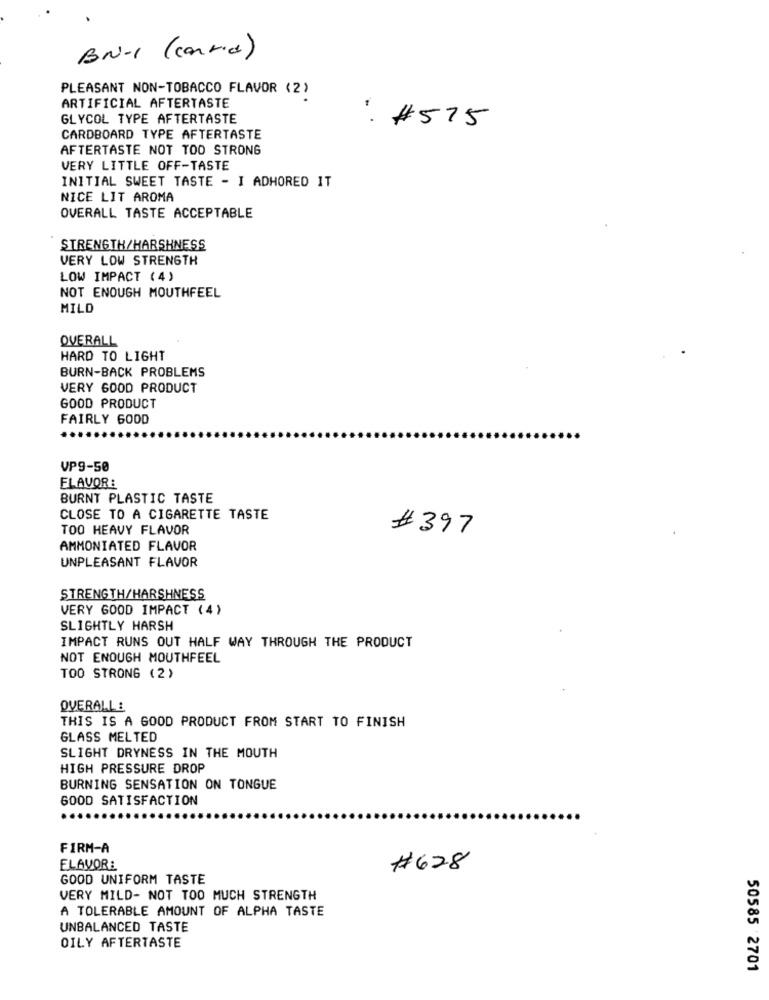
BN-1 (carrie)
PLEASANT NON-TOBACCO FLAVOR (2)
ARTIFICIAL AFTERTASTE
GLYCOL TYPE AFTERTASTE
. #575
CARDBOARD TYPE AFTERTASTE
AFTERTASTE NOT TOO STRONG
VERY LITTLE OFF-TASTE
INITIAL SWEET TASTE - I ADHORED IT
NICE LIT AROMA
OVERALL TASTE ACCEPTABLE
STRENGTH/HARSHNESS
VERY LOW STRENGTH
LOW IMPACT (4)
NOT ENOUGH MOUTHFEEL
MILD
OVERALL
HARD TO LIGHT
BURN-BACK PROBLEMS
VERY GOOD PRODUCT
GOOD PRODUCT
FAIRLY 600D
VP9-50
FLAVOR:
BURNT PLASTIC TASTE
CLOSE TO A CIGARETTE TASTE
TOO HEAVY FLAVOR
#397
AMMONIATED FLAVOR
UNPLEASANT FLAVOR
STRENGTH/HARSHNESS
VERY GOOD IMPACT (4)
SLIGHTLY HARSH
IMPACT RUNS OUT HALF WAY THROUGH THE PRODUCT
NOT ENOUGH MOUTHFEEL
TOO STRONG (2)
OVERALL:
THIS IS A GOOD PRODUCT FROM START TO FINISH
GLASS MELTED
SLIGHT DRYNESS IN THE MOUTH
HIGH PRESSURE DROP
BURNING SENSATION ON TONGUE
GOOD SATISFACTION
FIRM-A
ELAVOR:
#628
GOOD UNIFORM TASTE
VERY MILD- NOT TOO MUCH STRENGTH
A TOLERABLE AMOUNT OF ALPHA TASTE
UNBALANCED TASTE
OILY AFTERTASTE
50585 2701